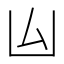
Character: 𠙸